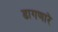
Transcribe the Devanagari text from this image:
डागणारे